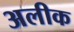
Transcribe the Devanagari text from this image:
अलीक